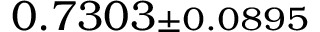
0 . 7 3 0 3 { \scriptstyle \pm 0 . 0 8 9 5 }